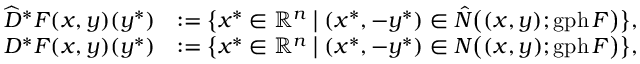
\begin{array} { r l } { \widehat { D } ^ { \ast } F ( x , y ) ( y ^ { \ast } ) } & { : = \big \{ x ^ { \ast } \in { \mathbb { R } ^ { n } } \; \big | \; ( x ^ { \ast } , - y ^ { \ast } ) \in \Hat { N } \big ( ( x , y ) ; \operatorname { g p h } F \big ) \big \} , } \\ { { D } ^ { \ast } F ( x , y ) ( y ^ { \ast } ) } & { : = \big \{ x ^ { \ast } \in { \mathbb { R } ^ { n } } \; \big | \; ( x ^ { \ast } , - y ^ { \ast } ) \in N \big ( ( x , y ) ; \operatorname { g p h } F \big ) \big \} , } \end{array}